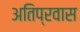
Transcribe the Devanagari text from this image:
अतिप्रवास